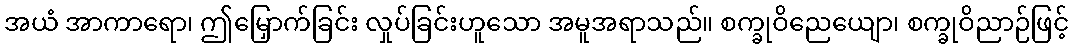
အယံ အာကာရော၊ ဤမြှောက်ခြင်း လှုပ်ခြင်းဟူသော အမူအရာသည်။ စက္ခုဝိညေယျော၊ စက္ခုဝိညာဉ်ဖြင့်